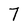
Character: 7